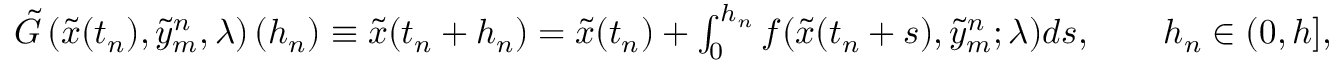
\begin{array} { r } { \tilde { G } \left( \tilde { x } ( t _ { n } ) , \tilde { y } _ { m } ^ { n } , \lambda \right) ( h _ { n } ) \equiv \tilde { x } ( t _ { n } + h _ { n } ) = \tilde { x } ( t _ { n } ) + \int _ { 0 } ^ { h _ { n } } f ( \tilde { x } ( t _ { n } + s ) , \tilde { y } _ { m } ^ { n } ; \lambda ) d s , \qquad h _ { n } \in ( 0 , h ] , } \end{array}